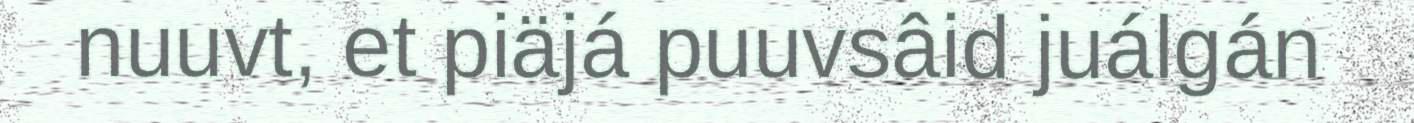
nuuvt, et piäjá puuvsâid juálgán